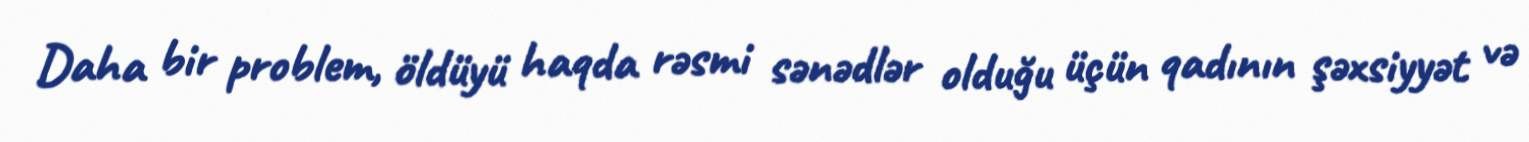
Daha bir problem, öldüyü haqda rəsmi sənədlər olduğu üçün qadının şəxsiyyət və